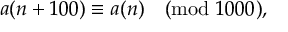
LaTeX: a ( n + 1 0 0 ) \equiv a ( n ) { \pmod { 1 0 0 0 } } ,